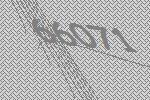
66071